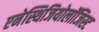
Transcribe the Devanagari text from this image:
एनेस्थिजियोलॉजिस्ट